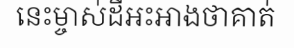
នេះម្ចាស់ដីអះអាងថាគាត់